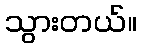
သွားတယ်။